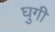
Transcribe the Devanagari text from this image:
घुगी